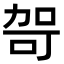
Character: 哿